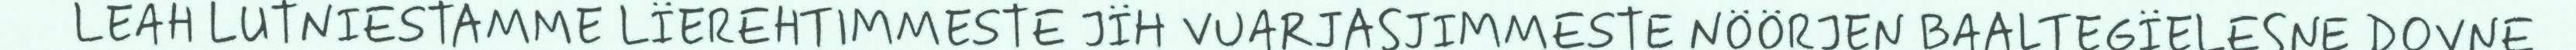
LEAH LUTNIESTAMME LÏEREHTIMMESTE JÏH VUARJASJIMMESTE NÖÖRJEN BAALTEGÏELESNE DOVNE